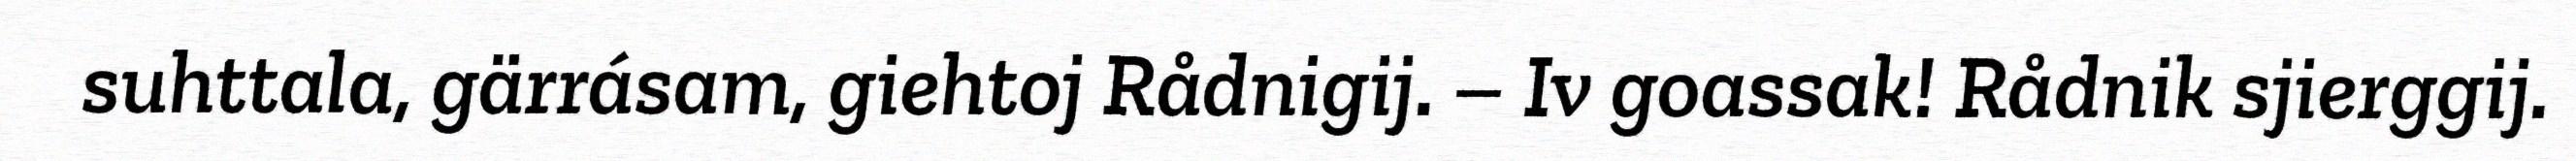
suhttala, gärrásam, giehtoj Rådnigij. – Iv goassak! Rådnik sjierggij.